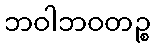
ဘဝါဘဝတဉ္စ